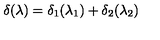
\delta ( \lambda ) = \delta _ { 1 } ( \lambda _ { 1 } ) + \delta _ { 2 } ( \lambda _ { 2 } )